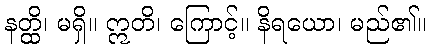
နတ္ထိ၊ မရှိ။ ဣတိ၊ ကြောင့်။ နိရယော၊ မည်၏။